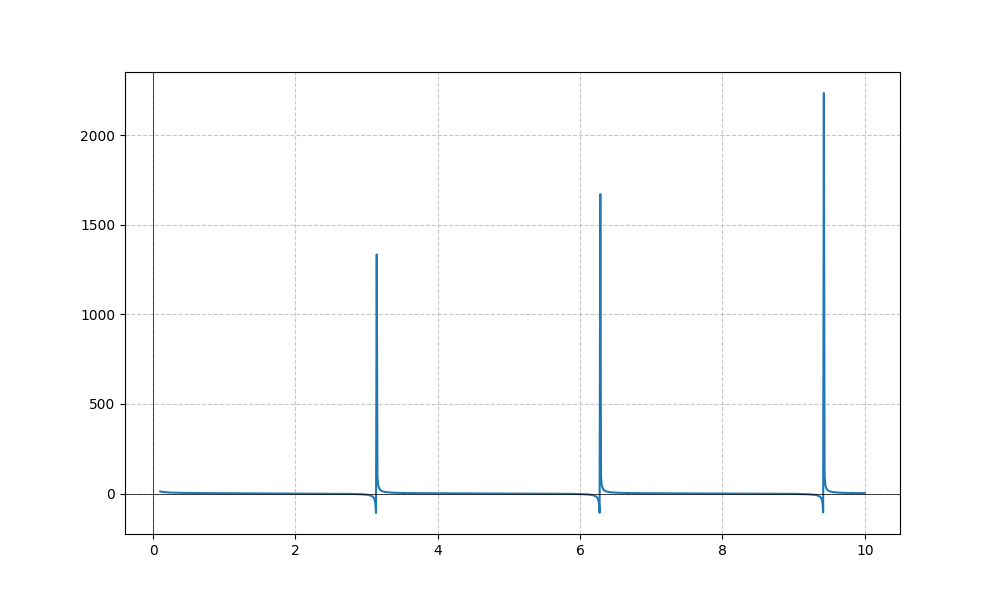
LaTeX formula: \cot{\left(x \right)} + \operatorname{acot}{\left(x \right)}